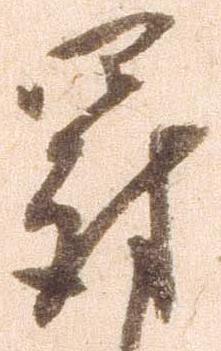
罰